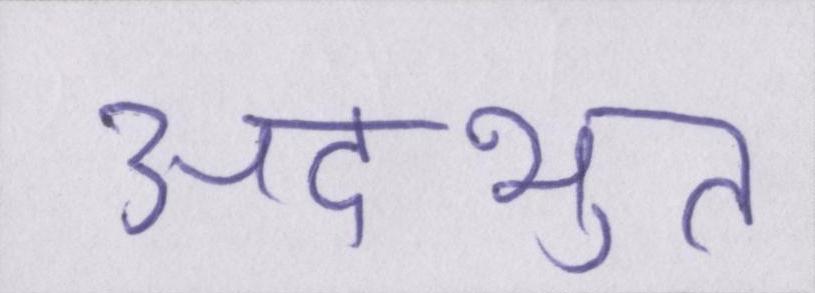
अदभुत